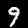
Label: 9